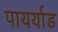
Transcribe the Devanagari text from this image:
पायर्याड